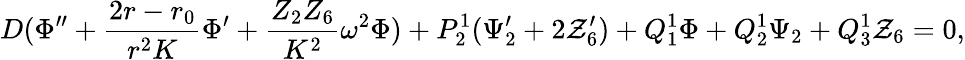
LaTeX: D(\Phi^{\prime\prime}+{\frac{2r-r_{0}}{r^{2}K}}\Phi^{\prime}+{\frac{Z_{2}Z_{6}}{K^{2}}}\omega^{2}\Phi)+P_{2}^{1}(\Psi_{2}^{\prime}+2{\cal Z}_{6}^{\prime})+Q_{1}^{1}\Phi+Q_{2}^{1}\Psi_{2}+Q_{3}^{1}{\cal Z}_{6}=0,